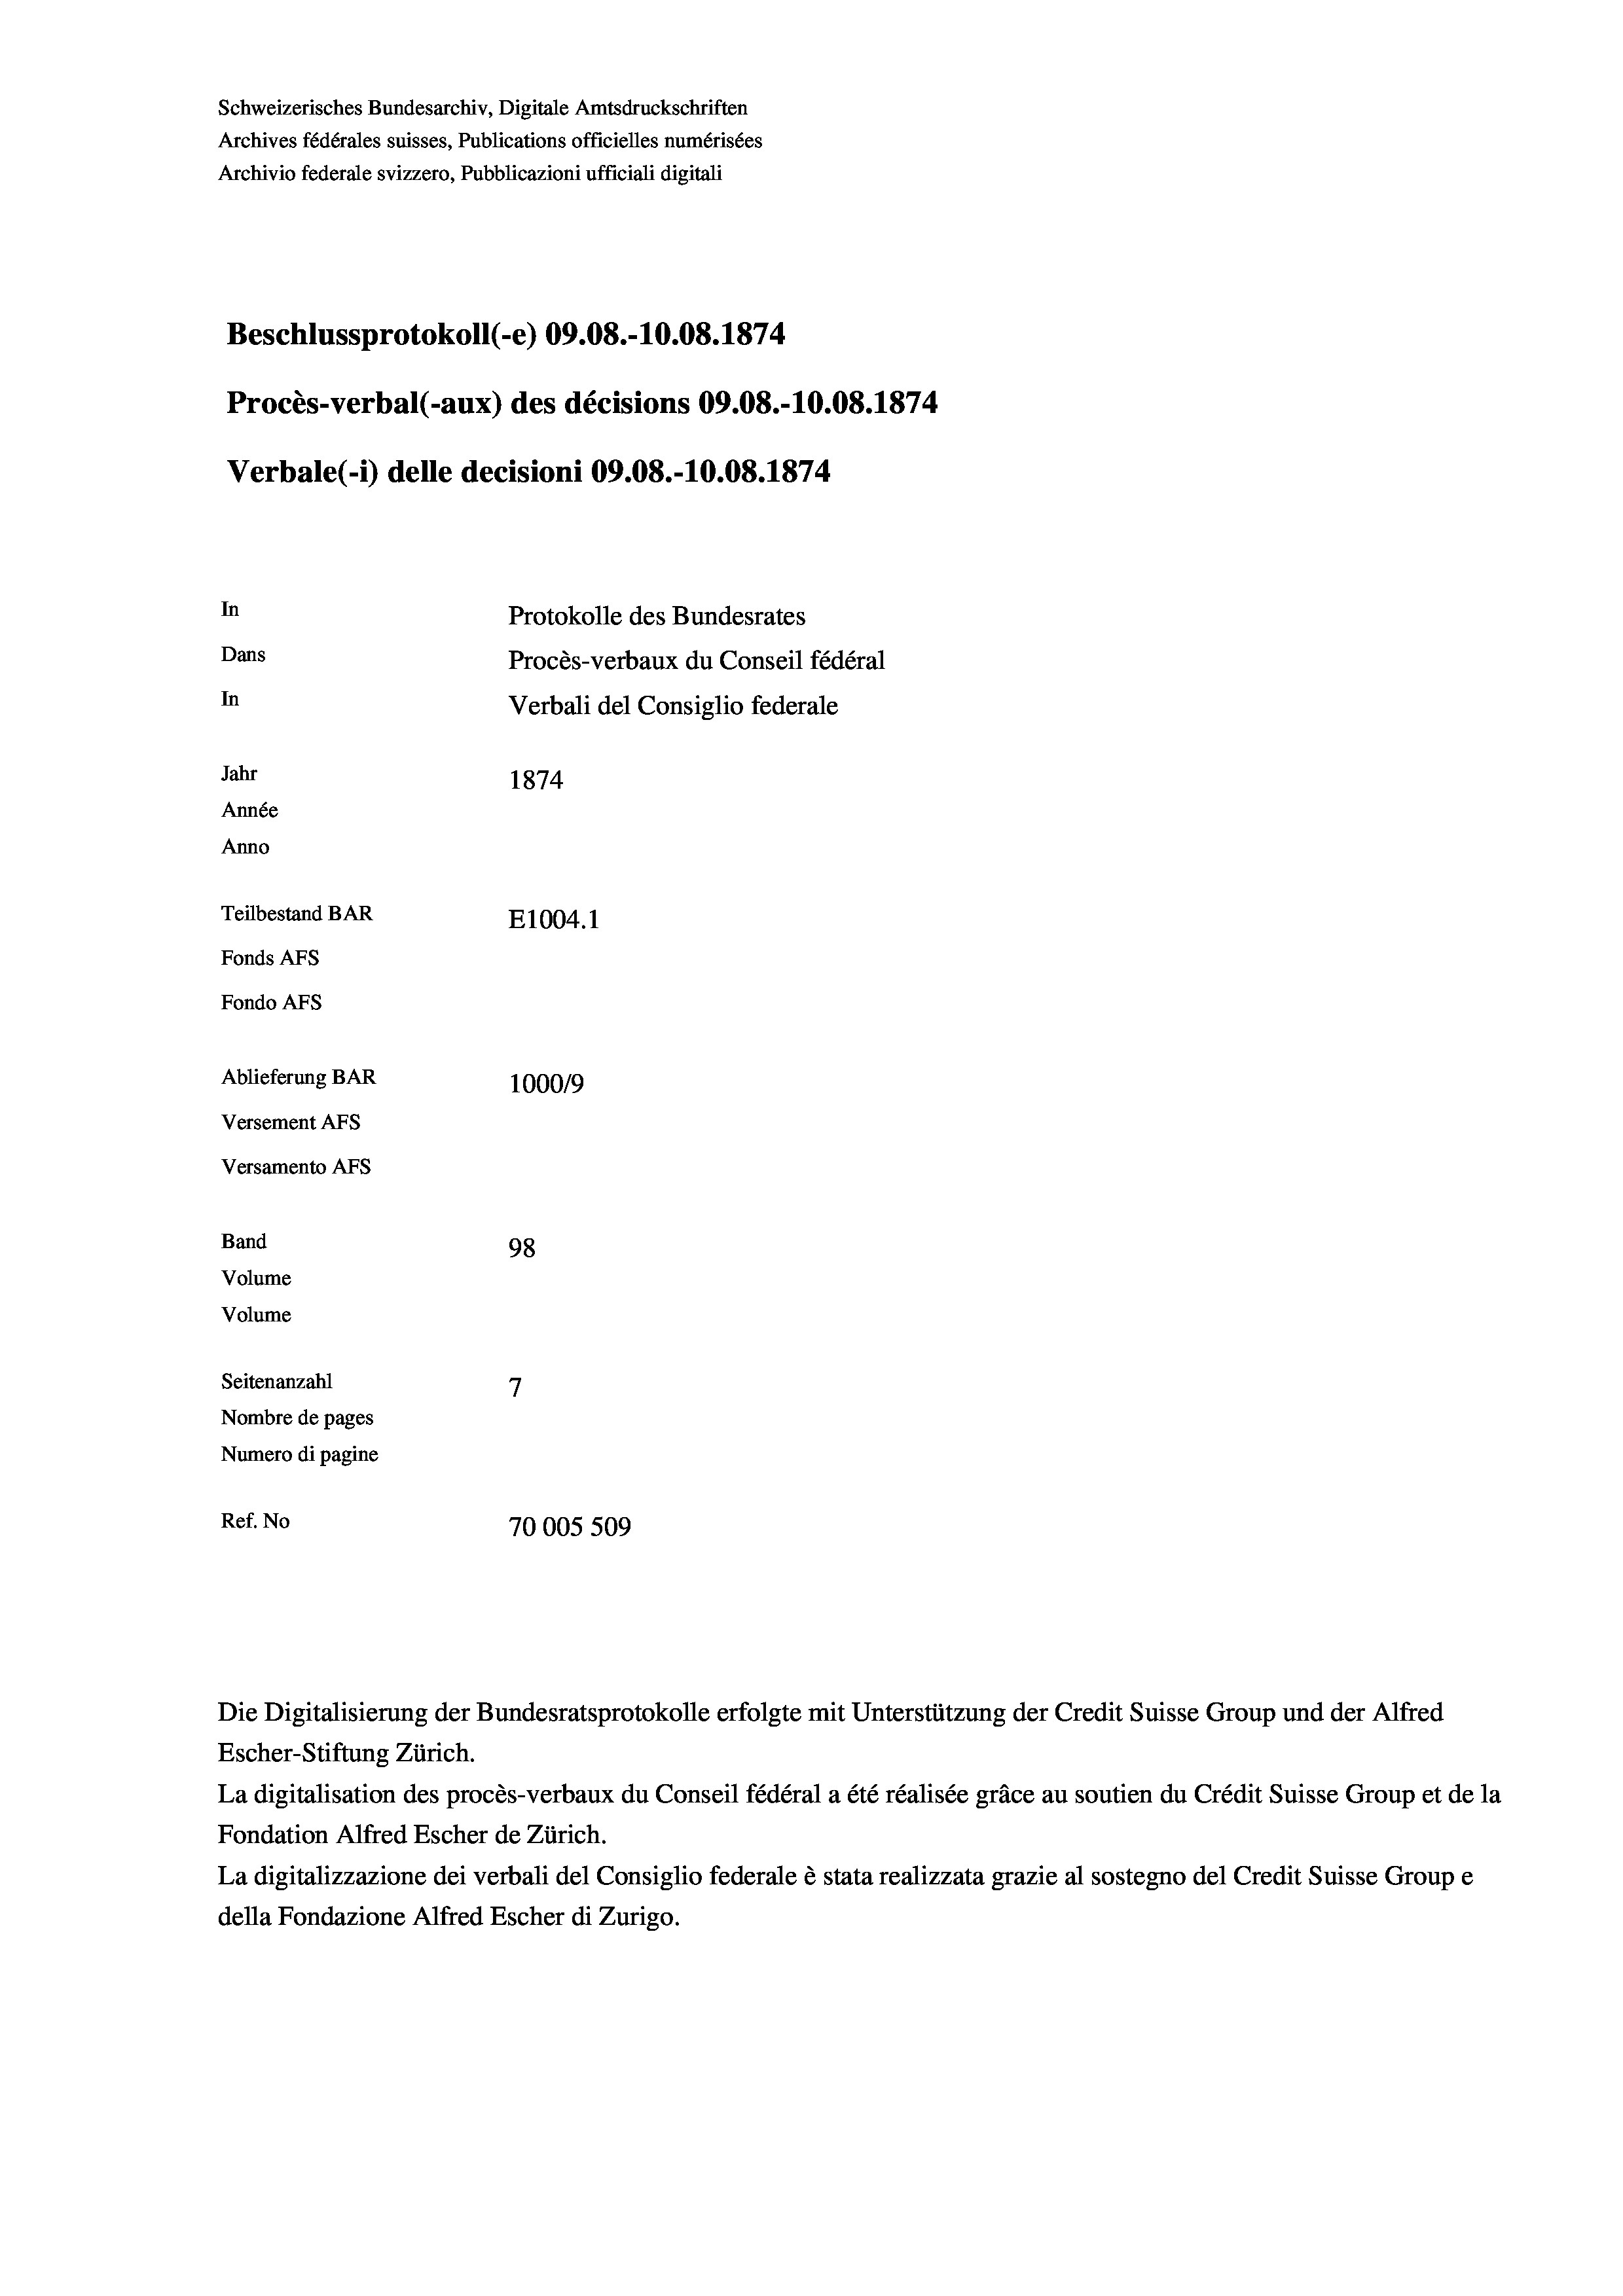
Schweizerisches Bundesarchiv, Digitale Amtsdruckschriften
Archives fédérales suisses, Publications officielles numérisées
Archivio federale svizzero, Pubblicazioni ufficiali digitali
Beschlussprotokoll (-e) 09.08.-10.08. 1874
Procès-verbal (-aux) des décisions 09.08.-10.08. 1874
Verbale (- 1) delle decisioni 09.08.-10.08. 1874
In
Protokolle des Bundesrates
Dans
Procès-verbaux du Conseil fédéral
In
Verbali del Consiglio federale
Jahr
1874
Année
Anno
Teilbestand BAR
E1004. 1
Fonds AFs
Fondo Afs
Ablieferung BAR
100019
Versement AFs
Versamento Afs
Band
98
Volume
Volume
7
Seitenanzahl
Nombre de pages
Numero di pagine
Ref. No
70005 509

Die Digitalisierung der Bundesratsprotokolle erfolgte mit Unterstützung der Credit Suisse Group und der Alfred

Escher-Stiftung Zürich.
La digitalisation des procès-verbaux du Conseil fédéral a été réalisée gräce au soutien du Crédit Suisse Group et de la
Fondation Alfred Escher de Zürich.
La digitalizzazione dei verbali del Consiglio federale è stata realizzata grazie al sostegno del Credit Suisse Groupe
della Fondazione Alfred Escher di Zurigo.